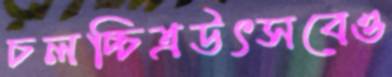
চলচ্চিত্রউৎসবেও